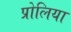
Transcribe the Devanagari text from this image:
प्रोलिया